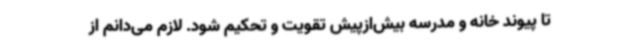
تا پیوند خانه و مدرسه بیش‌ازپیش تقویت و تحکیم شود. لازم می‌دانم از